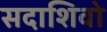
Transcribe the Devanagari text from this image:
सदाशिवो